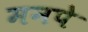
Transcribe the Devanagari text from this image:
मनपे